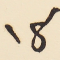
18